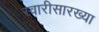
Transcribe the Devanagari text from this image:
स्वारीसारख्या